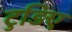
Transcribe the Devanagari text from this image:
टुड़िए